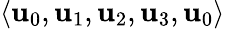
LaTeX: \langle\mathbf{u}_{0},\mathbf{u}_{1},\mathbf{u}_{2},\mathbf{u}_{3},\mathbf{u}_{0}\rangle